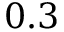
0 . 3